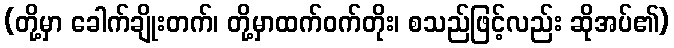
(တို့မှာ ခေါက်ချိုးတက်၊ တို့မှာထက်ဝက်တိုး၊ စသည်ဖြင့်လည်း ဆိုအပ်၏)